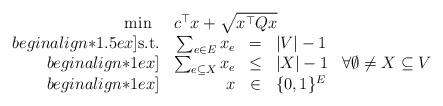
LaTeX: \begin{align*} \begin{array}{rrcll} \min~ & \multicolumn{4}{l}{c^\top x+\sqrt{x^ \top Qx}}\\begin{align*}1.5ex] \textnormal{s.t.} & \sum_{e\in E}x_e & = & |V|-1 \\begin{align*}1ex] & \sum_{e\subseteq X} x_e & \le & |X|-1 & \forall \emptyset\neq X\subseteq V\\begin{align*}1ex] & x & \in & \{0,1\}^{E} \end{array}\end{align*}